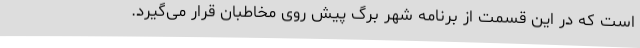
است که در این قسمت از برنامه شهر برگ پیش روی مخاطبان قرار می‌گیرد.